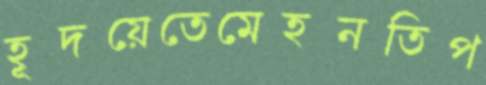
হূদয়েতেমেহনতিপ